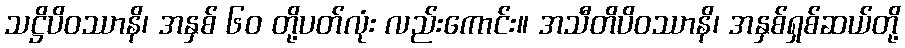
သဋ္ဌိပိဝဿာနိ၊ အနှစ် ၆၀ တို့ပတ်လုံး လည်းကောင်း။ အသီတိပိဝဿာနိ၊ အနှစ်ရှစ်ဆယ်တို့